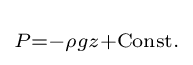
\scriptstyle P=-\rho gz+{\text{Const.}}